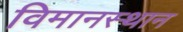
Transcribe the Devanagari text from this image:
विमानस्थान